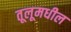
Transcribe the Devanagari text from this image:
तूलूमधील